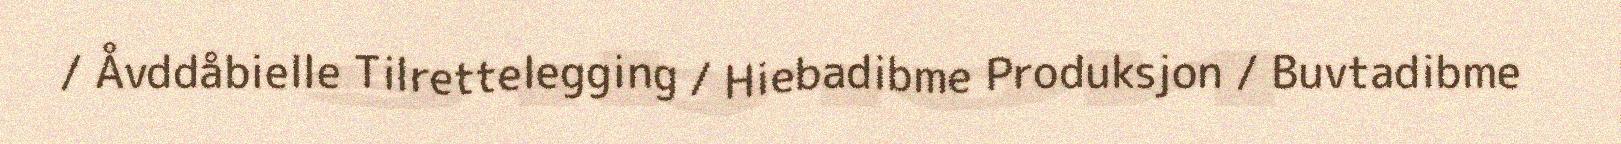
/ Åvddåbielle Tilrettelegging / Hiebadibme Produksjon / Buvtadibme